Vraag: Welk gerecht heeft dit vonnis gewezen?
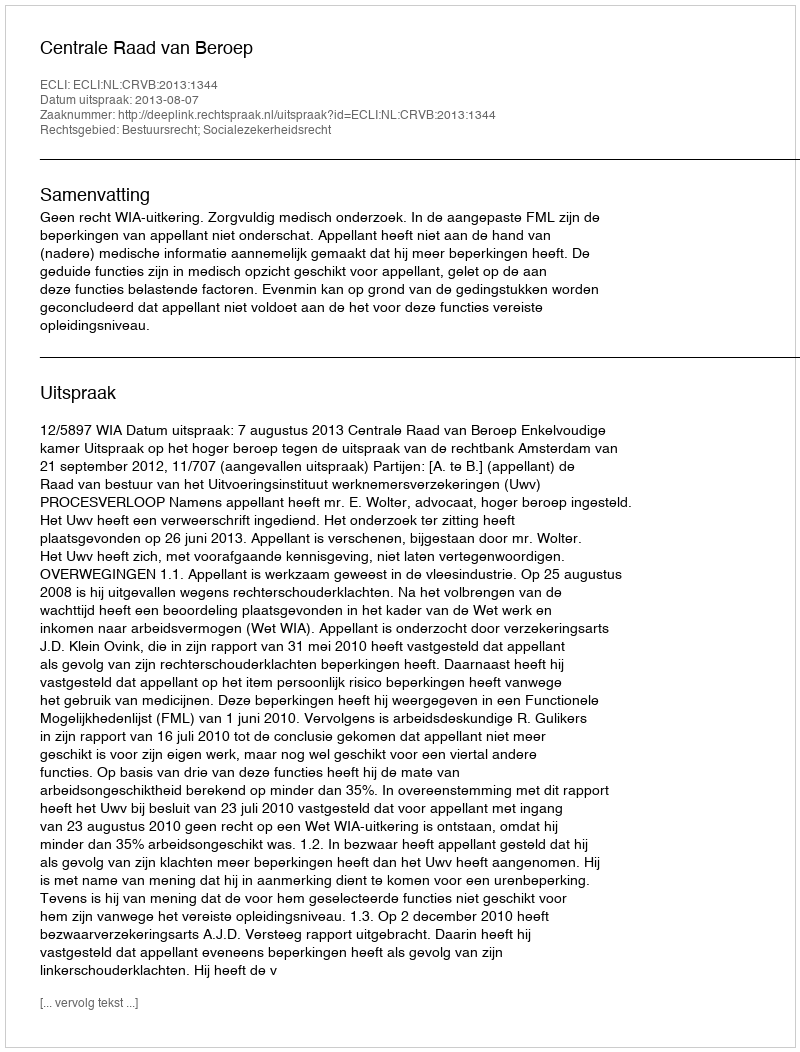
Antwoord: Centrale Raad van Beroep